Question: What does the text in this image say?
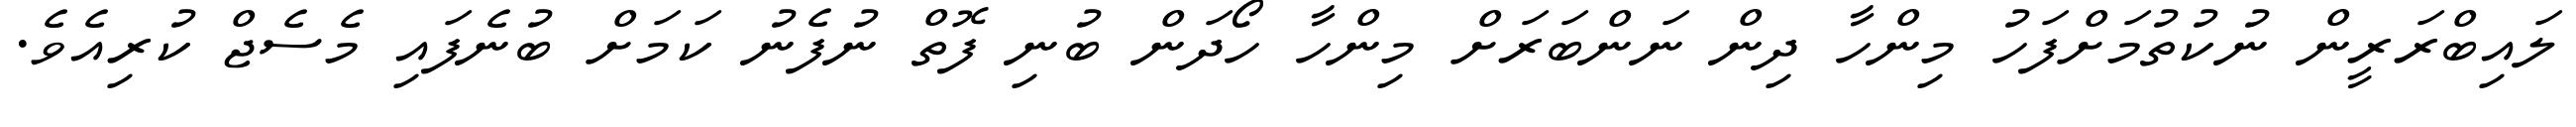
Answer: ލައިބްރަރީން ނުކުތުމަށްފަހު މިންހާ ދިން ނަންބަރަށް މިންހާ ހޯދަން ބުނި ފޮތް ނުފެނު ކަމަށް ބުނެފައި މެސެޖް ކުރިއެވެ.